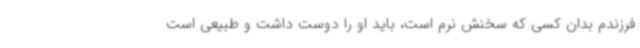
فرزندم بدان کسی که سخنش نرم است، باید او را دوست داشت و طبیعی است